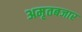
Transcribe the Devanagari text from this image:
अमृतबजार